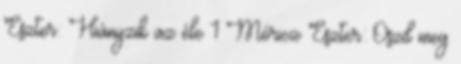
Eszter: Hiányzik az éle 1 Móricz Eszter: Oszd meg